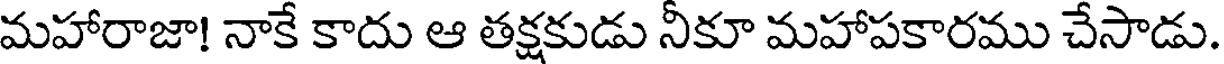
మహారాజా! నాకే కాదు ఆ తక్షకుడు నీకూ మహాపకారము చేసాడు.